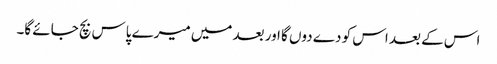
اس کے بعد اس کو دے دوں گا اور بعد میں میرے پاس بچ جائے گا۔